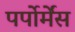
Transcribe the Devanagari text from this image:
पर्पोर्मेंस